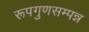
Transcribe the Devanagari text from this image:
रूपगुणसम्पन्न